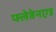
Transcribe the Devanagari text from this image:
फ्लेवेनएड